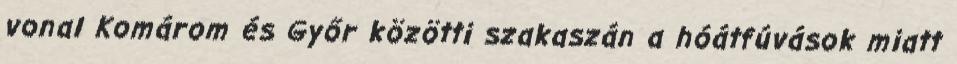
vonal Komárom és Győr közötti szakaszán a hóátfúvások miatt